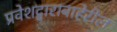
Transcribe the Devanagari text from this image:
प्रवेशद्वाराबाहेरील